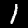
Digit: 1